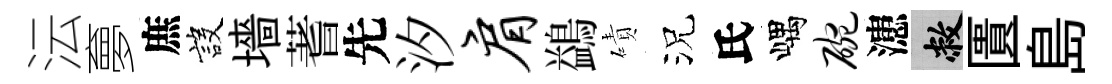
沄夣庶設墻蓍先汐肩鷁磧況氏嵎碗漶敝匱島